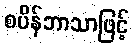
စပိန်ဘာသာဖြင့်